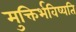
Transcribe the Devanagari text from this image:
मुक्तिर्भविष्यति